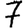
Digit: 7